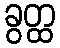
ခွတ္ထ